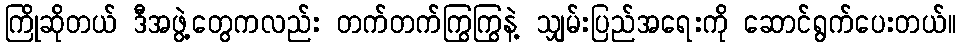
ကြိုဆိုတယ် ဒီအဖွဲ့တွေကလည်း တက်တက်ကြွကြွနဲ့ သျှမ်းပြည်အရေးကို ဆောင်ရွက်ပေးတယ်။